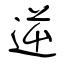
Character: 逆